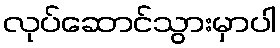
လုပ်ဆောင်သွားမှာပါ